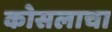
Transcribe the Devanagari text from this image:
कोसलाचा